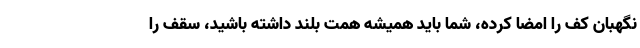
نگهبان کف را امضا کرده، شما باید همیشه همت بلند داشته باشید، سقف را